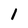
Character: 1